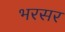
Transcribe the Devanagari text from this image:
भरसर